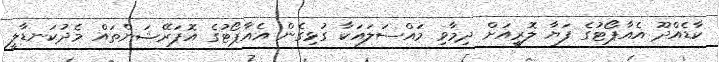
ކާޑެއްދޫ އެއާޕޯޓުގެ ފަޔާ ލޮރީއަށް ދިމާވި މައްސަލައަކާ ގުޅިގެން އެއާޕޯޓުގެ އޮޕަރޭޝަންތައް މެދުކަނޑާލީ